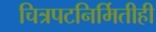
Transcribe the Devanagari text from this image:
चित्रपटनिर्मितीही